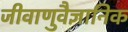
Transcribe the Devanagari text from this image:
जीवाणुवैज्ञानिक